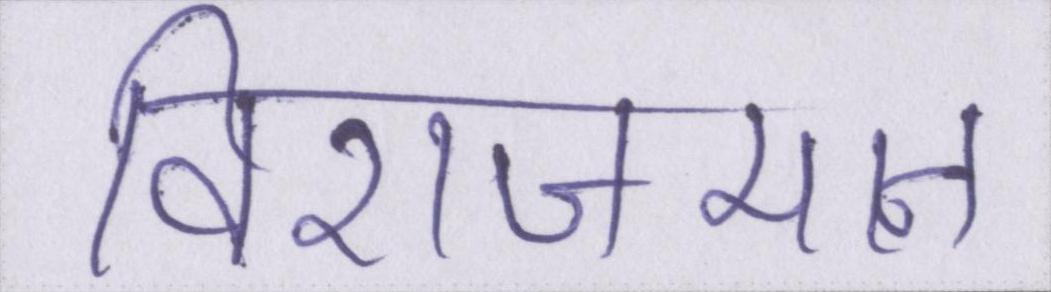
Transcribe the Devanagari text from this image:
विराजमान